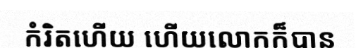
កំរិតហើយ ហើយលោកក៏បាន